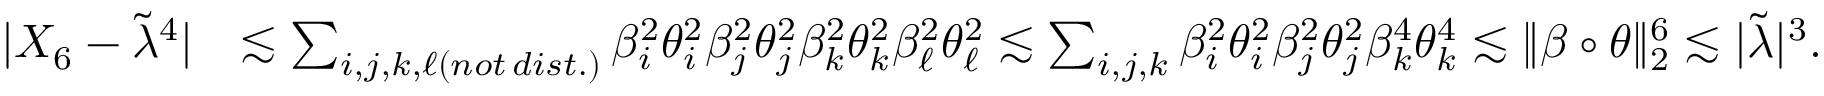
\begin{array} { r l } { | X _ { 6 } - \tilde { \lambda } ^ { 4 } | } & { \lesssim \sum _ { i , j , k , \ell ( n o t \, d i s t . ) } \beta _ { i } ^ { 2 } \theta _ { i } ^ { 2 } \beta _ { j } ^ { 2 } \theta _ { j } ^ { 2 } \beta _ { k } ^ { 2 } \theta _ { k } ^ { 2 } \beta _ { \ell } ^ { 2 } \theta _ { \ell } ^ { 2 } \lesssim \sum _ { i , j , k } \beta _ { i } ^ { 2 } \theta _ { i } ^ { 2 } \beta _ { j } ^ { 2 } \theta _ { j } ^ { 2 } \beta _ { k } ^ { 4 } \theta _ { k } ^ { 4 } \lesssim \| \beta \circ \theta \| _ { 2 } ^ { 6 } \lesssim | \tilde { \lambda } | ^ { 3 } . } \end{array}